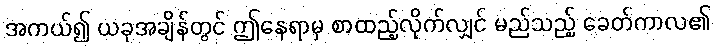
အကယ်၍ ယခုအချိန်တွင် ဤနေရာမှ စာထည့်လိုက်လျှင် မည်သည့် ခေတ်ကာလ၏